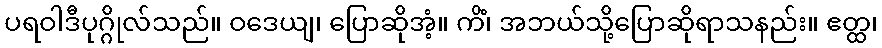
ပရဝါဒီပုဂ္ဂိုလ်သည်။ ဝဒေယျ၊ ပြောဆိုအံ့။ ကိံ၊ အဘယ်သို့ပြောဆိုရာသနည်း။ ဧတ္ထ၊